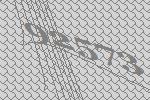
92573